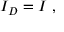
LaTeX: I _ { D } = I \ ,